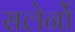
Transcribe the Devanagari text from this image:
सलेर्नो